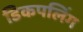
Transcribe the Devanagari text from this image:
डिकपलिंग